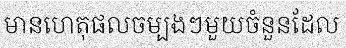
មានហេតុផលចម្បងៗមួយចំនួនដែល